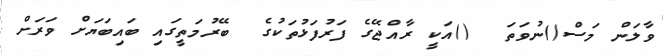
ވާލަން މަސް()ނުވަތަ  ()އަކީ ރާއްޖޭގެ ފަރުފަޅުތަކުގެ  ބޭރުމަތީގައި ބައިބަޔަށް ވަރަށް